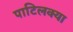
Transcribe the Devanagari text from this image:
पाटिलक्या